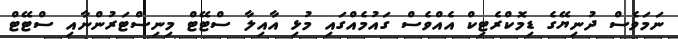
ނަމަވެސް ދުނިޔޭގެ ޑިމޮކްރެޓިކް އެއްވެސް ގައުމެއްގައި މުޅި އާއިލާ ސްޓޭޓް މިނިސްޓަރުންނާއި ސްޓޭޓް